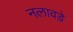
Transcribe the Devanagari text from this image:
नलावडे़